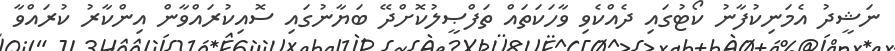
ނަޝީދު އެމަނިކުފާނު ކޯޓުގައި ދެއްކެވި ވާހަކަތައް ތަފްޞީލުކޮށްދޭ ބަޔާނުގައި ސޮއިކުރައްވާން އިންކާރު ކުރައްވާ